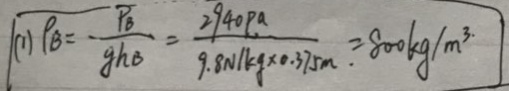
( 1 ) \rho _ { B } = - \frac { P _ { B } } { g h B } = \frac { 2 9 4 0 P a } { 9 . 8 N / k g \times 0 . 3 7 5 m } = 8 0 0 k g / m ^ { 3 }